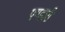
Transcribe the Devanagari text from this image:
पण्डारी